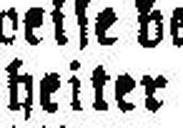
heiter